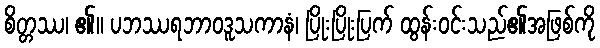
စိတ္တဿ၊ ၏။ ပဘဿရဘာဝဒူသကာနံ၊ ပြိုးပြိုးပြက် ထွန်းဝင်းသည်၏အဖြစ်ကို